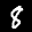
Label: 8